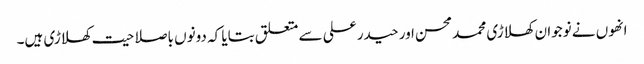
انھوں نے نوجوان کھلاڑی محمد محسن اور حیدر علی سے متعلق بتایا کہ دونوں باصلاحیت کھلاڑی ہیں۔